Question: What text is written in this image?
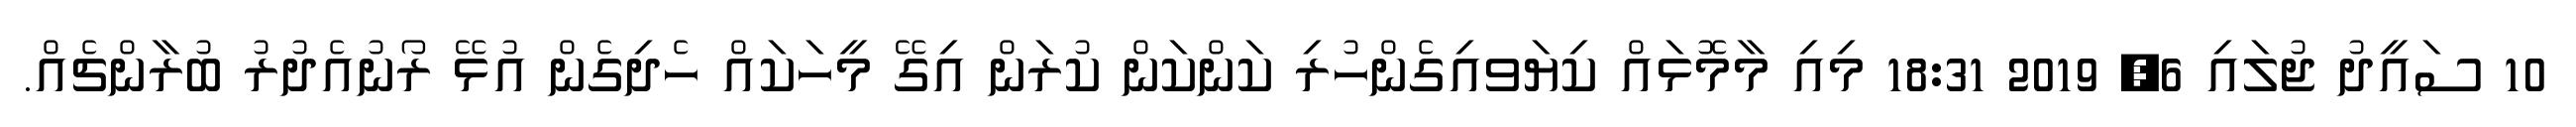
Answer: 10 ސައީދު ޖުލައި 6, 2019 18:31 މިއި މާމޮޅައް ކިޔަވއިގެންހުރި ކަންކަން ކުރަން އިގޭ މީހަކައް ހެދިގެން އުޅޭ ރޯނުއެދުރު ބުރާންޗެއް.